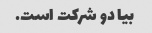
بیا دو شرکت است.